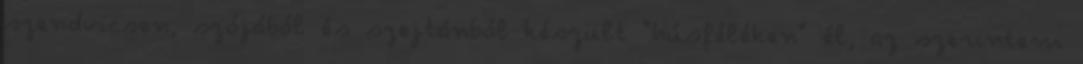
szendvicsen, szójából és szejtánból készült "húsféléken" él, az szerintem